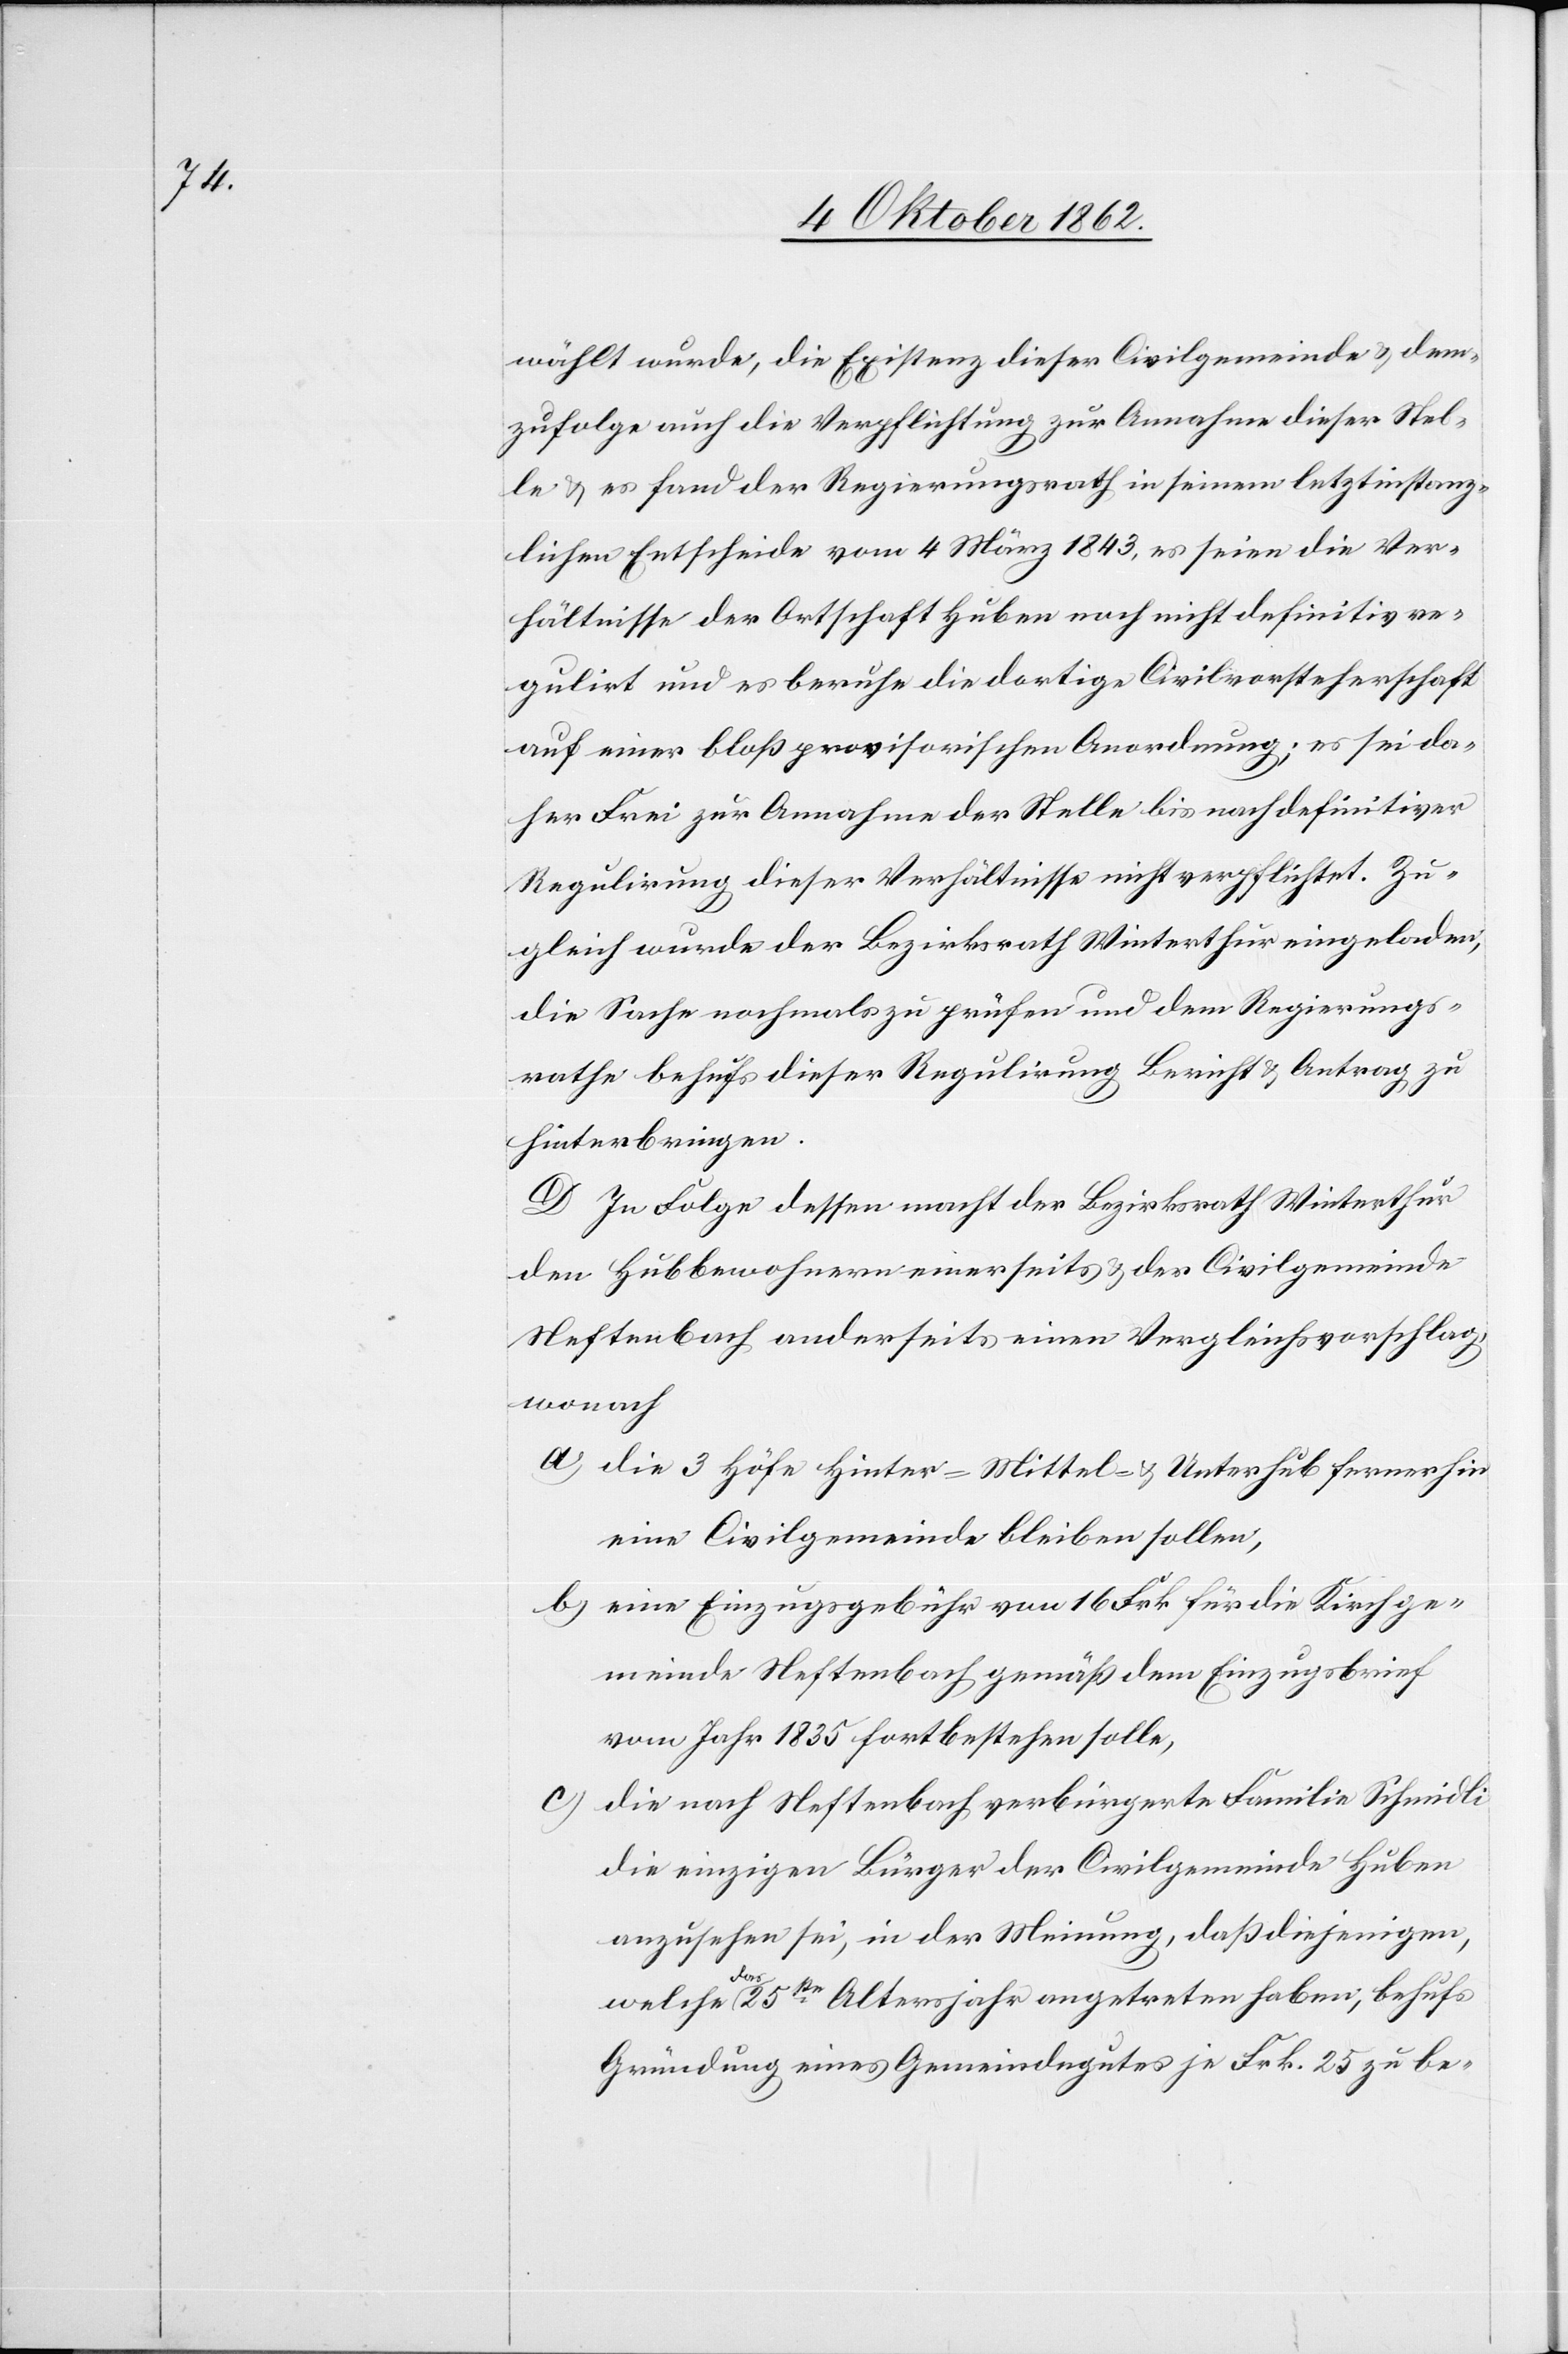
wählt wurde, die Existenz dieser Civilgemeinde u. dem¬
zufolge auch die Verpflichtung zur Annahme dieser Stel¬
le u. es fand der Regierungsrath in seinem letztinstanz¬
lichen Entscheide vom 4. März 1843, es seien die Ver¬
hältnisse der Ortschaft Huben noch nicht definitiv re¬
gulirt und es beruhe die dortige Civilvorsteherschaft
auf einer bloß provisorischen Anordnung; es sei da¬
her Frei zur Annahme der Stelle bis nach definitiver
Regulirung dieser Verhältnisse mitverpflichtet. Zu¬
gleich wurde der Bezirksrath Winterthur eingeladen,
die Sachen nochmals zu prüfen und dem Regierungs¬
rathe behufs dieser Regulirung Bericht u. Antrag zu
hinterbringen.
D. In Folge dessen macht der Bezirksrath Winterthur
den Hubbewohnern einerseits u. der Civilgemeinde
Neftenbach anderseits einen Vergleichsvorschlag,
wonach
a) die 3 Höfe Hinter-[,] Mittel- u. Unterhub fernerhin
eine Civilgemeinde bleiben sollen,
b) eine Einzugsgebühr von 16. Frk. für die Kirchge¬
meinde Neftenbach gemäß dem Einzugsbrief
vom Jahr 1835 fortbestehen solle,
die nach Neftenbach verbürgerte Familie Schmidli
die einzigen Bürger der Civilgemeinde Huben
anzusehen sei, in der Meinung, daß diejenigen,
welche das 25ste Altersjahr angetreten haben, behufs
Gründung eines Gemeindegutes je Frk. 25 zu be-